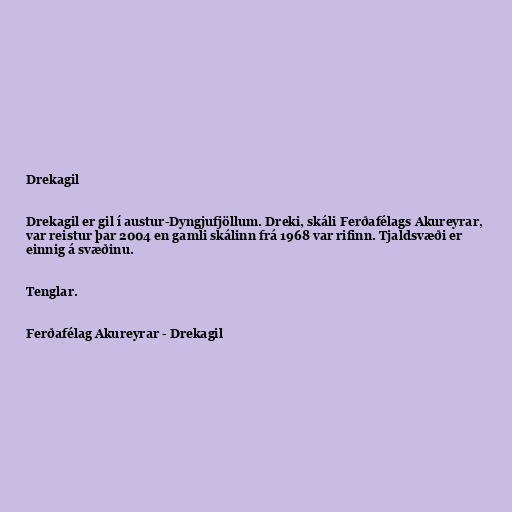
Drekagil

Drekagil er gil í austur-Dyngjufjöllum. Dreki, skáli Ferðafélags Akureyrar,
var reistur þar 2004 en gamli skálinn frá 1968 var rifinn. Tjaldsvæði er
einnig á svæðinu.

Tenglar.

Ferðafélag Akureyrar - Drekagil